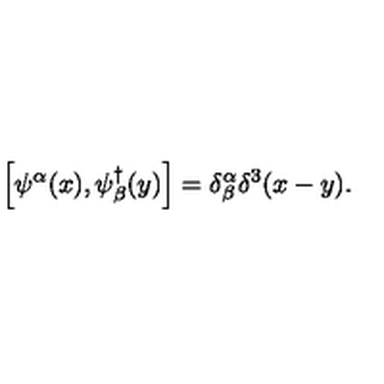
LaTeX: \left[ \psi ^ { \alpha } ( x ) , \psi _ { \beta } ^ { \dag } ( y ) \right] = \delta _ { \beta } ^ { \alpha } \delta ^ { 3 } ( x - y ) .